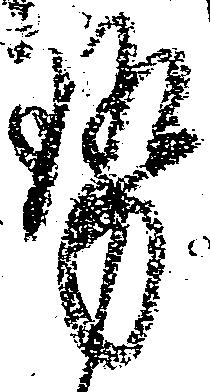
勢